Civil Veterinary Dept. Bombay admin report 1893-99 - 1893-1899
Year: 1893
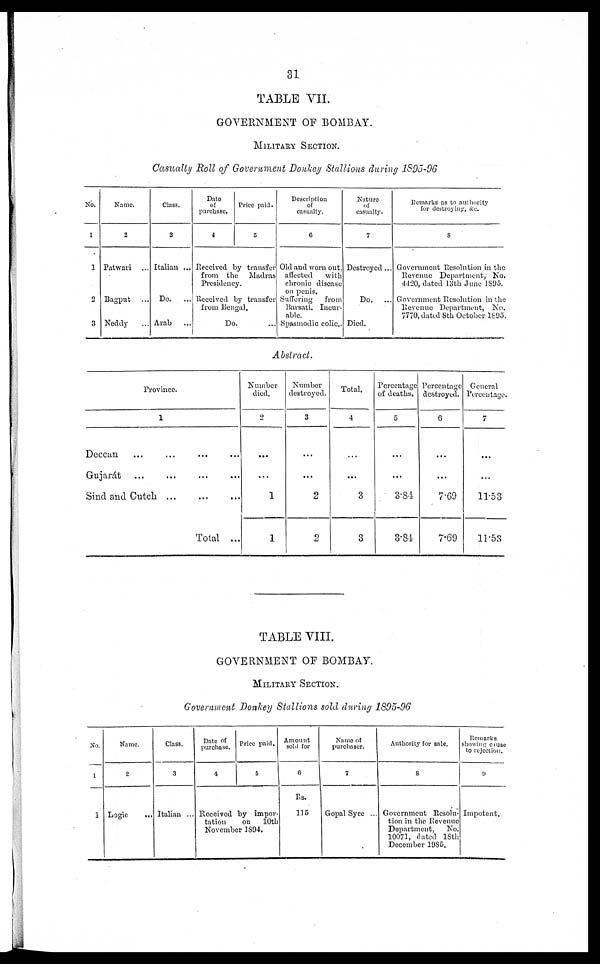
31
TABLE VII.
GOVERNMENT OF BOMBAY.
MILITARY SECTION.
Casualty Roll of Government Donkey Stallions during 1895-96
No.
1
1
2
3
Name.
2
Patwari ...
Bagput ...
Neddy
...
Class.
3
Italian ...
Do.
...
Arab ...
Date
of
purchase.
4
Price paid.
5
Received by transfer
from the
Madras
Presidency.
Received by transfer
from Bengal.
Do. ...
Description
of
casualty.
6
Old and worn out.
affected
with
chronic disease
on penis.
Suffering
from
Barsati, Incur-
able.
Spasmodic colic..
Nature
of
casualty.
7
Destroyed ...
Do.
...
Died.
Remarks as to authority
for destroying, &c.
8
Government Resolution in the
Revenue Department, No.
4420, dated 13th June 1895.
Government Resolution in the
Revenue Department, No.
7770, dated 8th October 1895.
Abstract.
Province.
1
Deccan
...
...
...
...
Gujarát
...
...
...
...
Sind and Cutch ...
...
...
Total ...
Number
died.
2
...
...
1
1
Number
destroyed.
3
...
...
2
2
Total.
4
...
...
3
3
Percentage
of deaths.
5
...
...
3.84
3.84
Percentage
destroyed.
6
...
...
7.69
7.69
General
Percentage.
7
...
...
11.53
11.53
TABLE VIII.
GOVERNMENT OF BOMBAY.
MILITARY SECTION.
Government Donkey Stallions sold during 1895-96
No.
1
1
Name.
2
Logic
...
Class.
3
Italian ...
Date of
purchase.
4
Price paid.
5
Received by impor¬
tation
on
10th
November 1894.
Amount
sold for
6
Rs.
115
Name of
purchaser.
7
Gopal Syce ...
Authority for sale.
8
Government Resolu-
tion in the Revenue
Department,
No.
10071, dated 18th
December 1985.
Remarks
showing cause
to rejection.
9
Impotent.